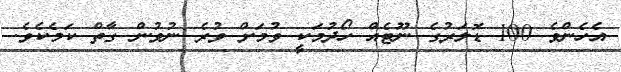
އެހެންވެ 100 ޑޮލަރުގެ ނޫޓެއް ހޯދުމަކީ ވުމަށް ވުރެ ނުވުން ގާތް ކަމެކެވެ.